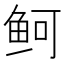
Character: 鲄